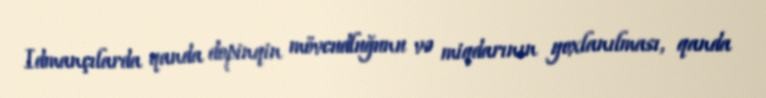
Idmançılarda qanda dopinqin mövcudluğunu və miqdarının yoxlanılması, qanda